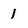
Character: 1